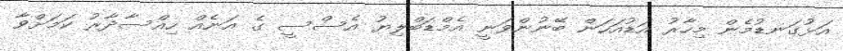
އަޅުގަނޑުމެން މިހާރު އަޑުއަހަން ބޭނުންވަނީ އެމްޑަބްލިޔު އެސްސީ ގެ އަނެއް ހިއްސާދާރު ކަމަށްވާ